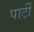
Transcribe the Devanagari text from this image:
पार्टीं